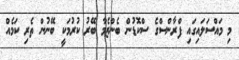
މި މައްސަލައިގައި ފްރާންސްގެ ސްކޮޑުން ބެންޒެމާ ބޭރު ކުރުމަކީ ބޭނުން ތެރި ކަމެއް